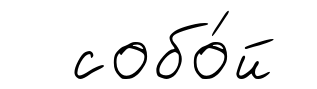
собо́й